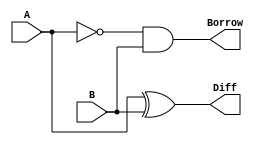
`timescale 1ns / 1ps
//////////////////////////////////////////////////////////////////////////////////

// Module Name: HS_SUB

//////////////////////////////////////////////////////////////////////////////////


module HS_SUB(
    input A,
    input B,
    output Diff,
    output Borrow
    );
    
    assign Diff = A ^ B, 
           Borrow = ~A & B;  
endmodule